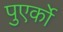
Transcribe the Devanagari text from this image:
पुएर्को